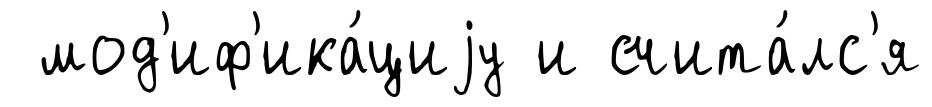
мод'иф'ика́циjу и счита́лс'я